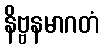
နိဗ္ဗနမာဂတံ